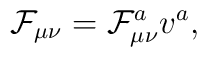
\mathcal{F}_{\mu\nu}=\mathcal{F}_{\mu\nu}^av^a,